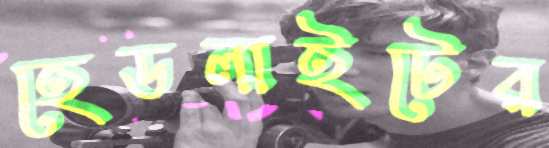
হেডলাইটের